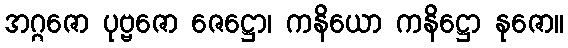
အဂ္ဂဇော ပုဗ္ဗဇော ဇေဋ္ဌော၊ ကနိယော ကနိဋ္ဌော နုဇော။